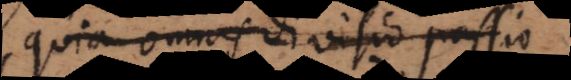
quia omnis divisio passio